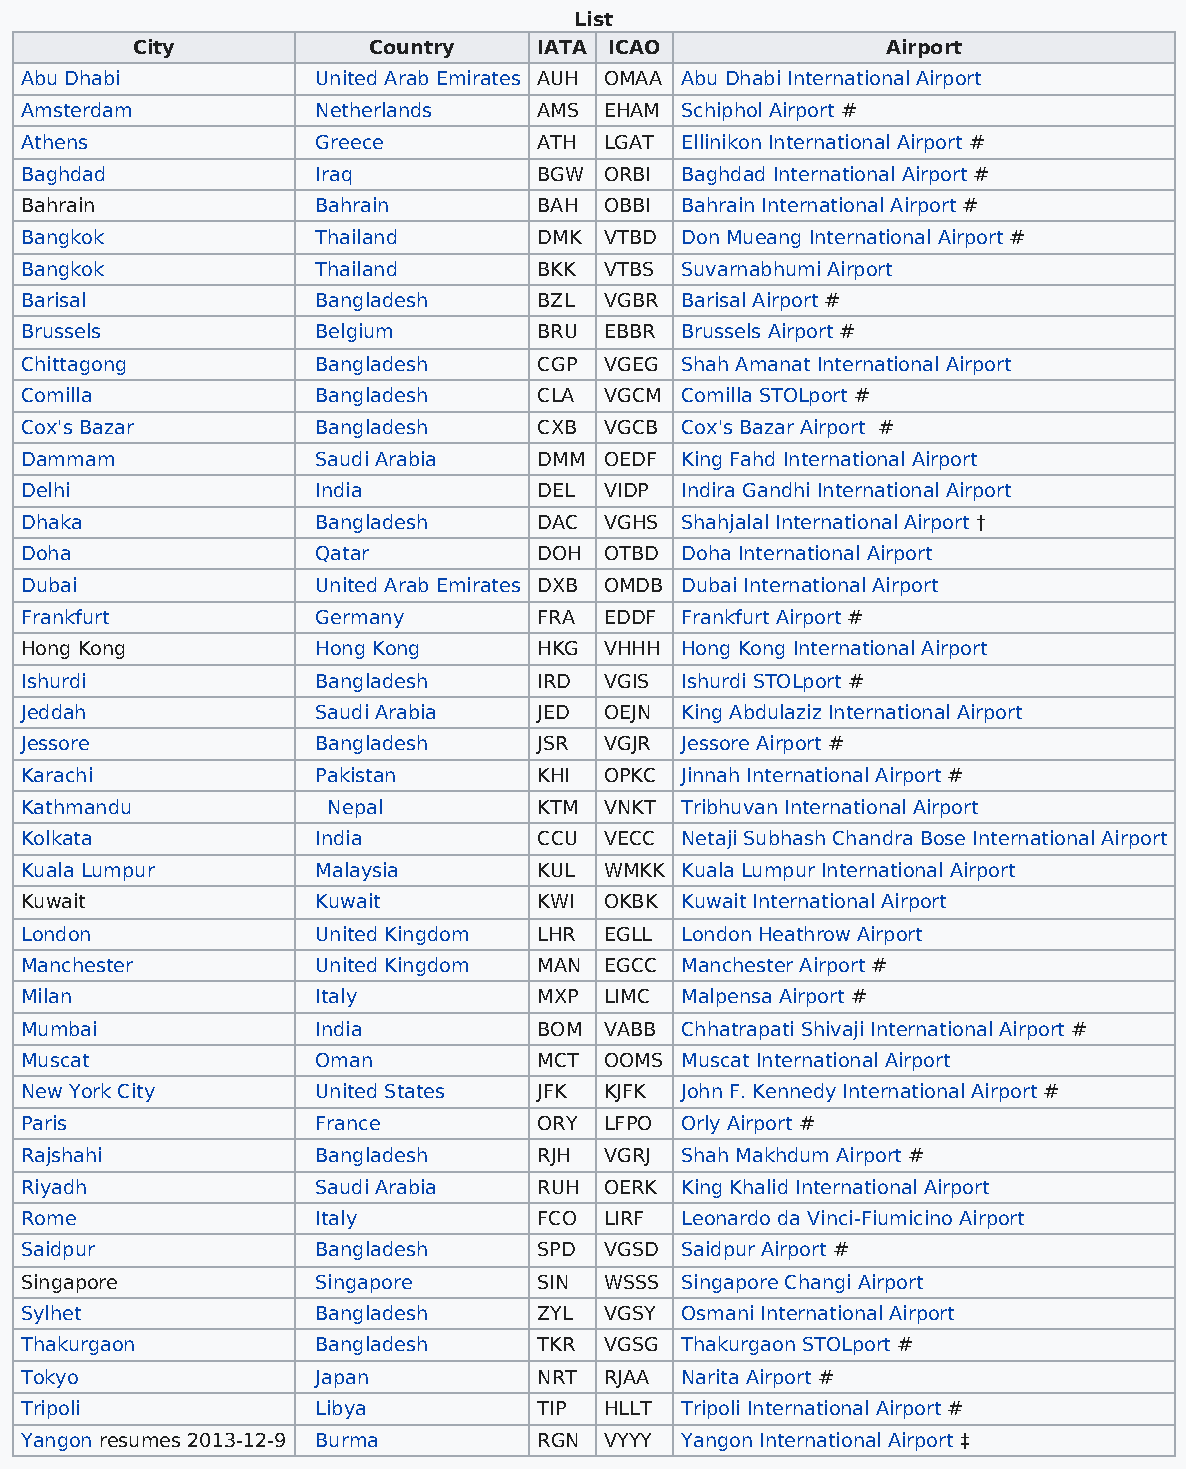
List
 City           Country     IATA ICAO              Airport
 Abu Dhabi           United Arab Emirates AUH OMAA Abu Dhabi International Airport
 Amsterdam           Netherlands    AMS EHAM Schiphol Airport #
 Athens              Greece         ATH LGAT Ellinikon International Airport #
 Baghdad             Iraq           BGW ORBI Baghdad International Airport #
 Bahrain             Bahrain        BAH OBBI Bahrain International Airport #
 Bangkok             Thailand       DMK VTBD Don Mueang International Airport #
 Bangkok             Thailand       BKK VTBS Suvarnabhumi Airport
 Barisal             Bangladesh     BZL VGBR Barisal Airport #
 Brussels            Belgium        BRU EBBR Brussels Airport #
 Chittagong          Bangladesh     CGP VGEG Shah Amanat International Airport
 Comilla             Bangladesh     CLA VGCM Comilla STOLport #
 Cox's Bazar         Bangladesh     CXB VGCB Cox's Bazar Airport #
 Dammam              Saudi Arabia   DMM OEDF King Fahd International Airport
 Delhi               India          DEL VIDP Indira Gandhi International Airport
 Dhaka               Bangladesh     DAC VGHS Shahjalal International Airport †
 Doha                Qatar          DOH OTBD Doha International Airport
 Dubai               United Arab Emirates DXB OMDB Dubai International Airport
 Frankfurt           Germany        FRA EDDF Frankfurt Airport #
 Hong Kong           Hong Kong      HKG VHHH Hong Kong International Airport
 Ishurdi             Bangladesh     IRD VGIS Ishurdi STOLport #
 Jeddah              Saudi Arabia   JED OEJN King Abdulaziz International Airport
 Jessore             Bangladesh     JSR VGJR Jessore Airport #
 Karachi             Pakistan       KHI OPKC Jinnah International Airport #
 Kathmandu            Nepal         KTM VNKT Tribhuvan International Airport
 Kolkata             India          CCU VECC Netaji Subhash Chandra Bose International Airport
 Kuala Lumpur        Malaysia       KUL WMKK Kuala Lumpur International Airport
 Kuwait              Kuwait         KWI OKBK Kuwait International Airport
 London              United Kingdom LHR EGLL London Heathrow Airport
 Manchester          United Kingdom MAN EGCC Manchester Airport #
 Milan               Italy          MXP LIMC Malpensa Airport #
 Mumbai              India          BOM VABB Chhatrapati Shivaji International Airport #
 Muscat              Oman           MCT OOMS Muscat International Airport
 New York City       United States  JFK KJFK John F. Kennedy International Airport #
 Paris               France         ORY LFPO Orly Airport #
 Rajshahi            Bangladesh     RJH VGRJ Shah Makhdum Airport #
 Riyadh              Saudi Arabia   RUH OERK King Khalid International Airport
 Rome                Italy          FCO LIRF Leonardo da Vinci-Fiumicino Airport
 Saidpur             Bangladesh     SPD VGSD Saidpur Airport #
 Singapore           Singapore      SIN WSSS Singapore Changi Airport
 Sylhet              Bangladesh     ZYL VGSY Osmani International Airport
 Thakurgaon          Bangladesh     TKR VGSG Thakurgaon STOLport #
 Tokyo               Japan          NRT RJAA Narita Airport #
 Tripoli             Libya          TIP HLLT Tripoli International Airport #
 Yangon resumes 2013-12-9 Burma     RGN VYYY Yangon International Airport ‡